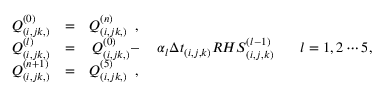
\begin{array} { c c c c c } { Q _ { ( i , j k , ) } ^ { ( 0 ) } } & { = } & { Q _ { ( i , j k , ) } ^ { ( n ) } \, \mathrm { ~ , ~ } } & { } & { } \\ { Q _ { ( i , j k , ) } ^ { ( l ) } } & { = } & { Q _ { ( i , j k , ) } ^ { ( 0 ) } - } & { \alpha _ { l } { \Delta t } _ { ( i , j , k ) } { R H S } _ { ( i , j , k ) } ^ { ( l - 1 ) } \, } & { \, \, \, \, l = 1 , 2 \cdots 5 , } \\ { Q _ { ( i , j k , ) } ^ { ( n + 1 ) } } & { = } & { Q _ { ( i , j k , ) } ^ { ( 5 ) } \, \mathrm { ~ , ~ } } & { } & { } \end{array}